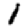
Digit: 1